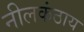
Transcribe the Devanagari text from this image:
नीलकंठाय